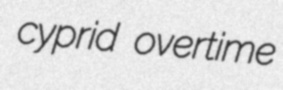
cyprid overtime